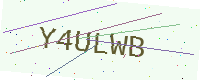
Text: Y4ULWB